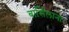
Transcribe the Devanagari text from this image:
बार्सिलाना